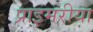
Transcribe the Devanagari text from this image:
प्राइमरीया